Calcutta medical institutions reports 1892-1900
Year: 1892
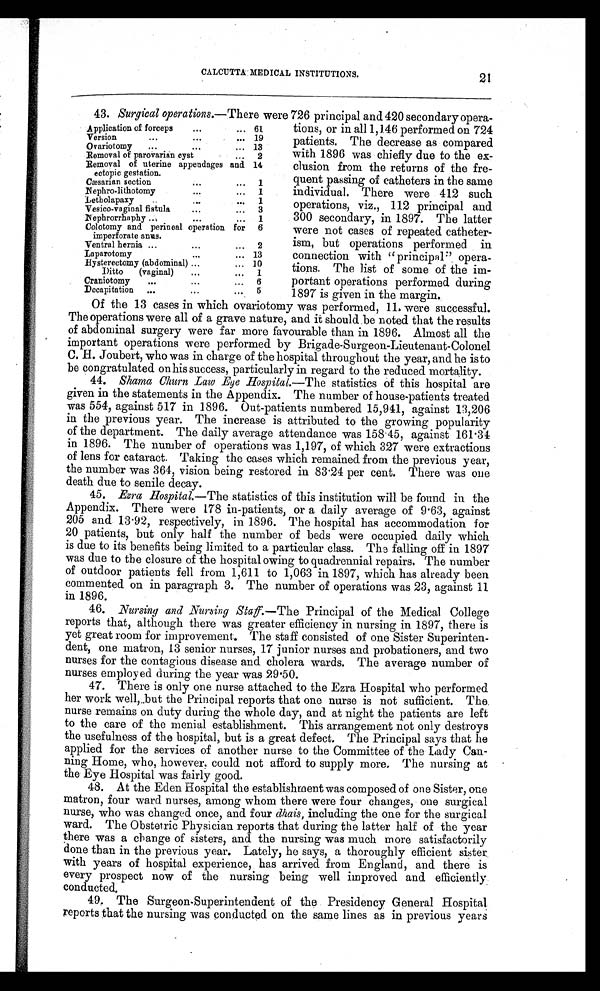
CALCUTTA MEDICAL INSTITUTIONS.
Surgical operations.—There were 726 principal and 420secondary opera-
tions, or in all 1,146 performed on 724
patients. The decrease as compared
with 1896 was chiefly due to the ex-
clusion from the returns of the fre-
quent passing of catheters in the same
individual. There were 412 such
operations, viz., 112 principal and
300 secondary, in 1897. The latter
were not cases of repeated catheter-
ism, but operations performed in
connection with "principal" opera-
tions. The list of some of the im-
portant operations performed during
1897 is given in the margin.
Of the 13 cases in which ovariotomy was performed, 11. were successful.
The operations were all of a grave nature, and it should be noted that the results
of abdominal surgery were far more favourable than in 1896. Almost all the
important operations were performed by Brigade-Surgeon-Lieutenant-Colonel
C. H. Joubert, who was in charge of the hospital throughout the year, and he is to
be congratulated on his success, particularly in regard to the reduced mortality.
44. Shama Churn Law Eye Hospital. —The statistics of this hospital are
given in the statements in the Appendix. The number of house-patients treated
was 554, against 517 in 1896. Out-patients numbered 15,941, against 13,206
in the previous year. The increase is attributed to the growing popularity
of the department. The daily average attendance was 158.45, against 161.34
in 1896. The number of operations was 1,197, of which 327 were extractions
of lens for cataract. Taking the cases which remained from the previous year,
the number was 364, vision being restored in 83.24 per cent. There was one
death due to senile decay.
45. Ezra Hospital. —The statistics of this institution will be found in the
Appendix. There were 178 in-patients, or a daily average of 9.63, against
205 and 13.92, respectively, in 1896. The hospital has accommodation for
20 patients, but only half the number of beds were occupied daily which
is due to its benefits being limited to a particular class. The falling off in 1897
was due to the closure of the hospital owing to quadrennial repairs. The number
of outdoor patients fell from 1,611 to 1,063 in 1897, which has already been
commented on in paragraph 3. The number of operations was 23, against 11
in 1896.
46. Nursing and Nursing Staff. —The Principal of the Medical College
reports that, although there was greater efficiency in nursing in 1897, there is
yet great room for improvement. The staff consisted of one Sister Superinten-
dent, one matron, 13 senior nurses, 17 junior nurses and probationers, and two
nurses for the contagious disease and cholera wards. The average number of
nurses employed during the year was 29.50.
47. There is only one nurse attached to the Ezra Hospital who performed
her work well, but the Principal reports that one nurse is not sufficient. The
nurse remains on duty during the whole day, and at night the patients are left
to the care of the menial establishment. This arrangement not only destroys
the usefulness of the hospital, but is a great defect. The Principal says that he
applied for the services of another nurse to the Committee of the Lady Can-
ning Home, who, however, could not afford to supply more. The nursing at
the Eye Hospital was fairly good.
48. At the Eden Hospital the establishment was composed of one Sister, one
matron, four ward nurses, among whom there were four changes, one surgical
nurse, who was changed once, and four dhais, including the one for the surgical
ward. The Obstetric Physician reports that during the latter half of the year
there was a change of sisters, and the nursing was much more satisfactorily
done than in the previous year. Lately, he says, a thoroughly efficient sister
with years of hospital experience, has arrived from England, and there is
every prospect now of the nursing being well improved and efficiently
conducted.
49. The Surgeon-Superintendent of the Presidency General Hospital
reports that the nursing was conducted on the same lines as in previous years
21
43.
Application of forceps
. . .
... 61
Version
. . .
. . .
... 19
Ovariotomy . . .
. . .
... 13
Removal of parovarian cyst
... 2
Removal of uterine appendages and
ectopic gestation.
14
Cæsarian section
. . .
. . . 1
Nephro-lithotomy
...
... 1
Letholapaxy
. .
. . .
... 1
Vesico-vaginal fistula
...
... 3
Nephrorrhaphy . . .
. . .
... 1
Colotomy and perineal operation for
imperforate anus.
6
Ventral hernia ...
. . .
... 2
Laparotomy
. . .
. . . 13
Hysterectomy (abdominal) ...
... 10
Ditto (vaginal)
. . .
... 1
Craniotomy
...
...
... 6
Decapitation ...
...
... 5